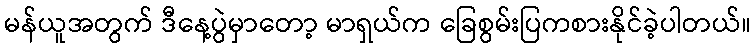
မန်ယူအတွက် ဒီနေ့ပွဲမှာတော့ မာရှယ်က ခြေစွမ်းပြကစားနိုင်ခဲ့ပါတယ်။